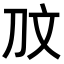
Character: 𭃉